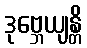
ဒုဗ္ဘေယျန္တိ